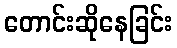
တောင်းဆိုနေခြင်း